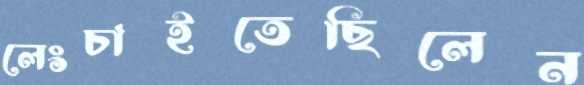
লেংচাইতেছিলেন